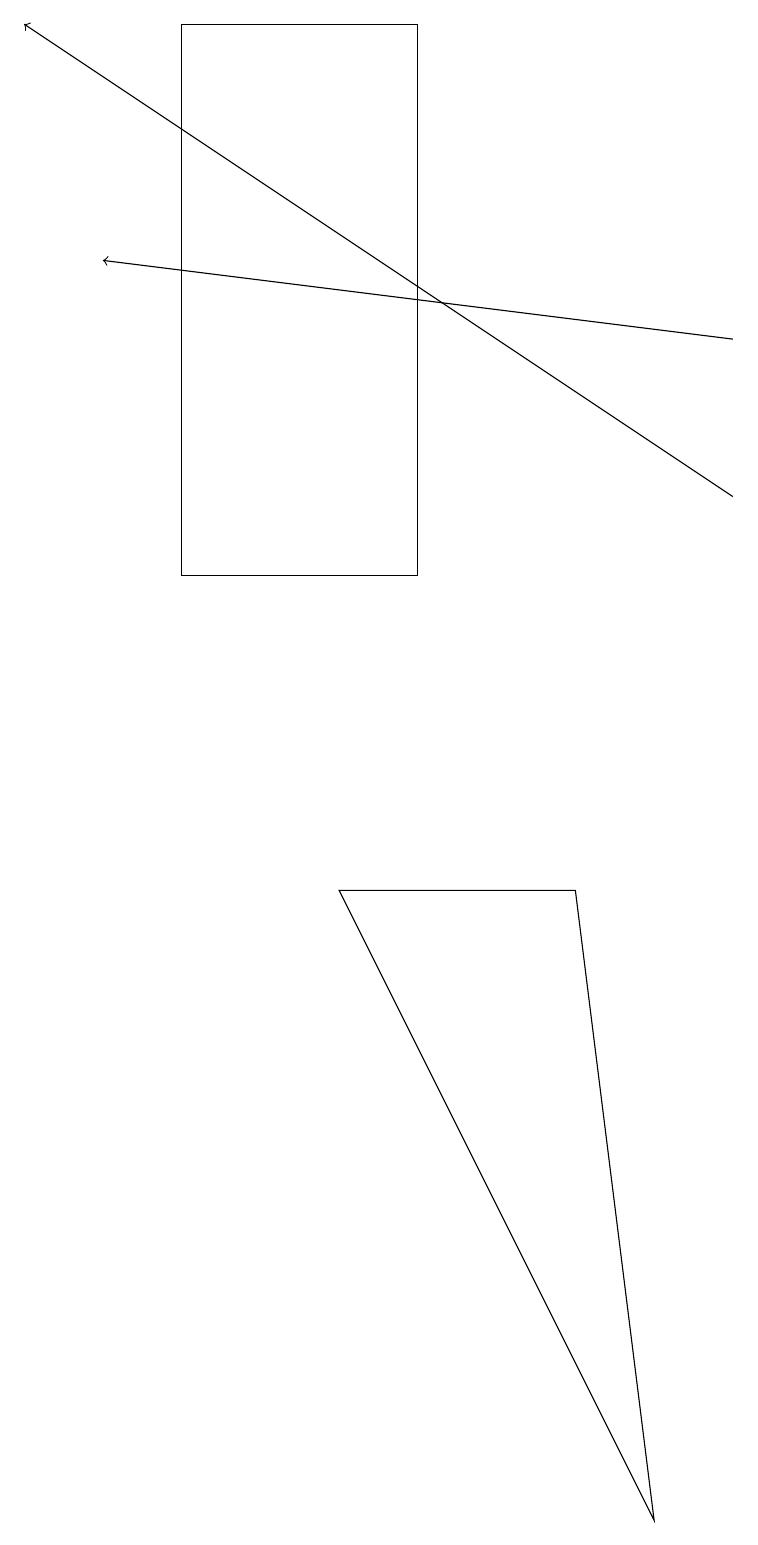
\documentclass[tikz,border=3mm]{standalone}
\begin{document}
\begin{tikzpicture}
\draw (2,12) rectangle (5,19);
\draw[->] (9,13) -- (0,19);
\draw (7,8) -- (4,8) -- (8,0) -- cycle;
\draw[->] (9,15) -- (1,16);
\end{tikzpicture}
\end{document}